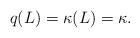
LaTeX: \begin{align*}q(L)=\kappa(L)=\kappa.\end{align*}